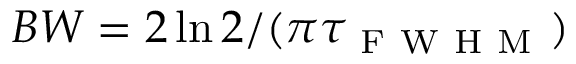
B W = 2 \ln 2 / ( \pi \tau _ { \mathrm { ~ F ~ W ~ H ~ M ~ } } )